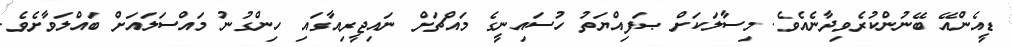
ޑީއެންއޭ ބޭނުންކުރެވިދާނެއެވެ. މިސާލަކަށް ޞަފިއްޔަތު ހުސައިނީގެ މައްޗަށް ނައިޖީރިއާގައި ހިންގުނު މައްސަލައަށް ބައްލަވާށެވެ.